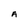
Character: A